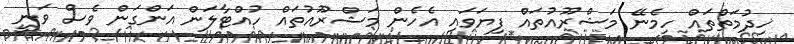
ޚިދުމަތްތައް ހިމެނޭ މަޝްރޫއުތައް ފިޔަވައި އެހެން މަޝްރޫއުތައް ހުއްޓާލަން އަންގަން ވެސް ވަނީ